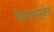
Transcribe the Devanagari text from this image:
नेमल्यामुळेच